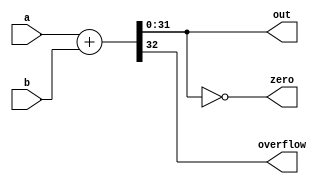

// simple adder for places that do not need a full alu
module adder(a, b, out, zero, overflow);
	parameter width = 32;

	input [width - 1: 0] a, b;
	
	output reg [width - 1:0] out;
	output zero;
	output reg overflow;
	
	assign zero = (out == 0);
	always @ (a, b)
	begin
		{overflow, out} = a + b;
	end
	
endmodule